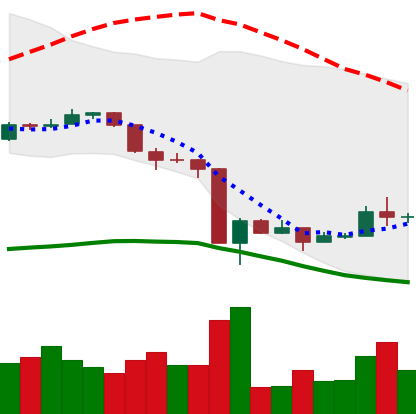
Ticker: ADA-USD
Chart end date: 2020-03-21
Forward return: 4.464%
Label: up_3_5